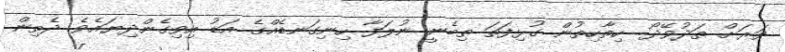
ވަރަށް ތަދުވޭދޯ.. ހިތާހިތުން ގުޅިފަތަ ތިބެނީ ނުލަފާ ހިނިގަނޑެއްގެ އަޑު އިވިގެންދިޔައެވެ. ދެތިން